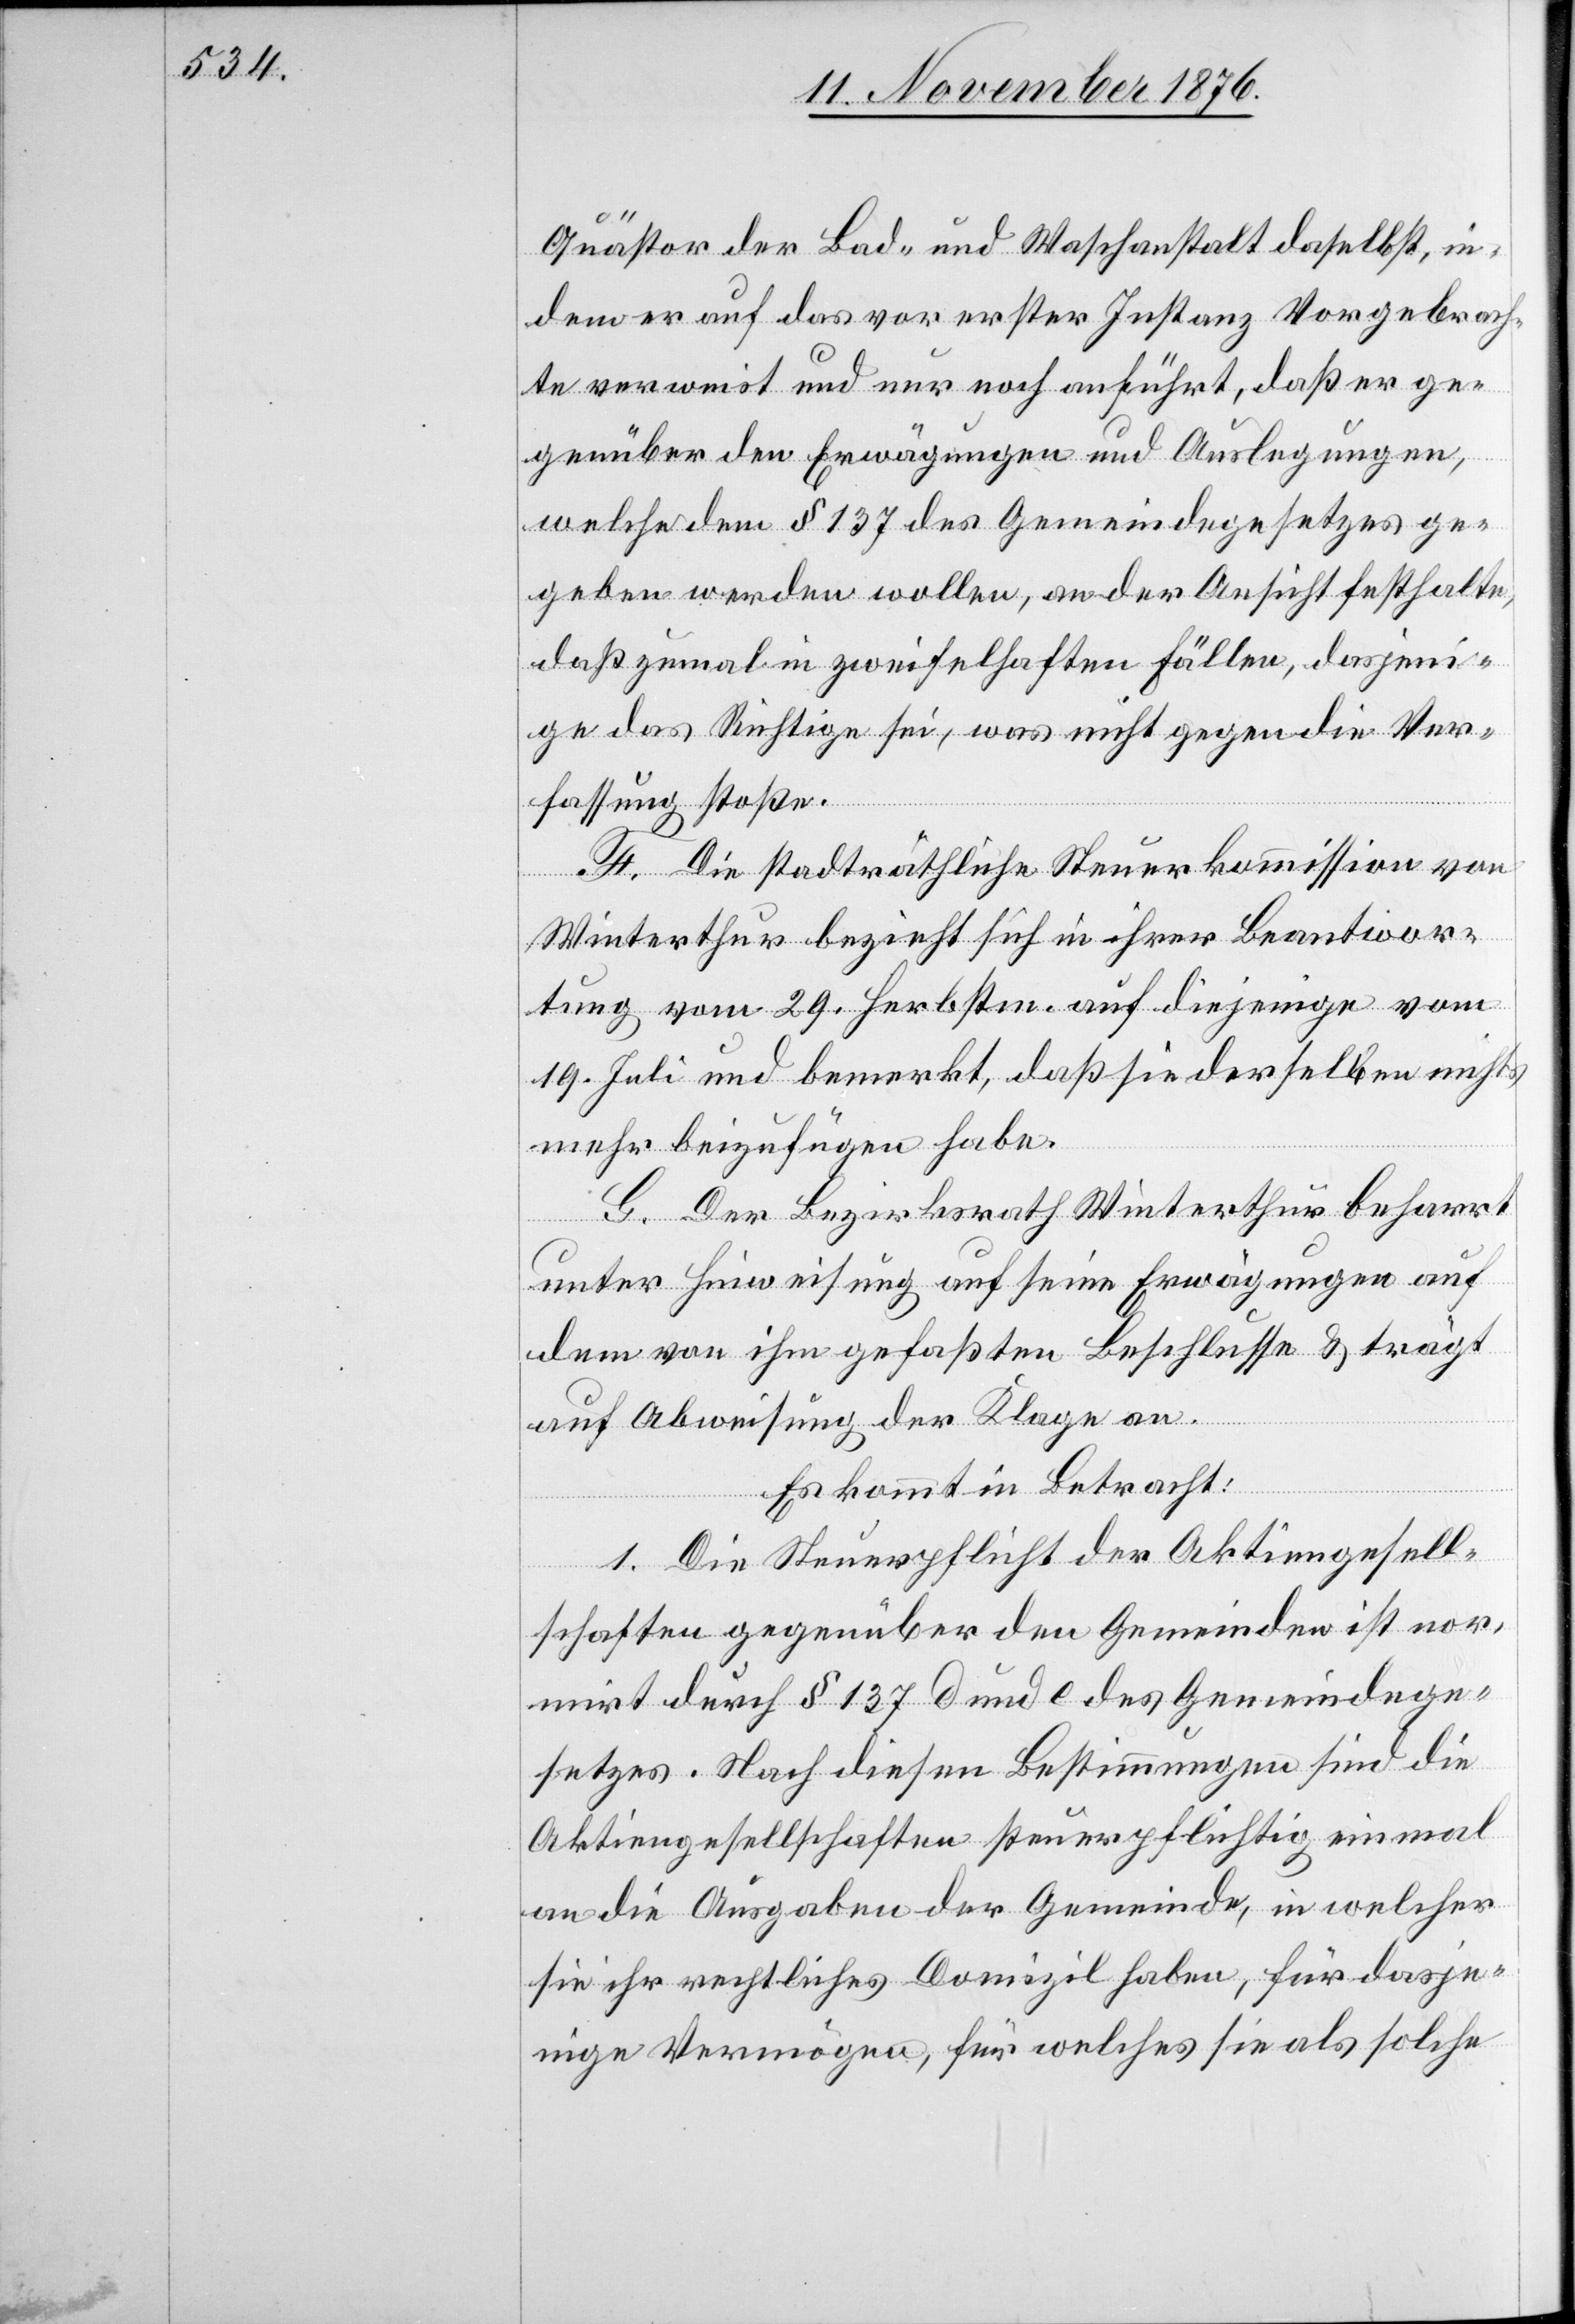
Quästor der Bad- und Waschanstalt daselbst, in¬
dem er auf das vor erster Instanz Vorgebrach¬
te verweist und nur noch anführt, daß er ge¬
genüber den Erwägungen und Auslegungen,
welche dem § 137 des Gemeindegesetzes ge¬
geben werden wollen, an der Ansicht festhalte,
daß zumal in zweifelhaften Fällen, dasjeni¬
ge das Richtige sei, was nicht gegen die Ver¬
fassung stoße.
F. Die stadträthliche Steuerkommission von
Winterthur bezieht sich in ihrer Beantwor¬
tung vom 29. Herbstm. auf diejenige vom
19. Juli und bemerkt, daß sie derselben nichts
mehr beizufügen habe.
G. Der Bezirksrath Winterthur beharrt
unter Hinweisung auf seine Erwägungen auf
dem von ihm gefaßten Beschlusse & trägt
auf Abweisung der Klage an.
Es kommt in Betracht:
1. Die Steuerpflicht der Aktiengesell¬
schaften gegenüber den Gemeinden ist nor¬
mirt durch § 137 d und e des Gemeindege¬
setzes. Nach diesen Bestimmungen sind die
Aktiengesellschaften steuerpflichtig einmal
an die Ausgaben der Gemeinde, in welcher
sie ihr rechtliches Domizil haben, für dasje¬
nige Vermögen, für welches sie als solche